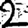
Digit: 2